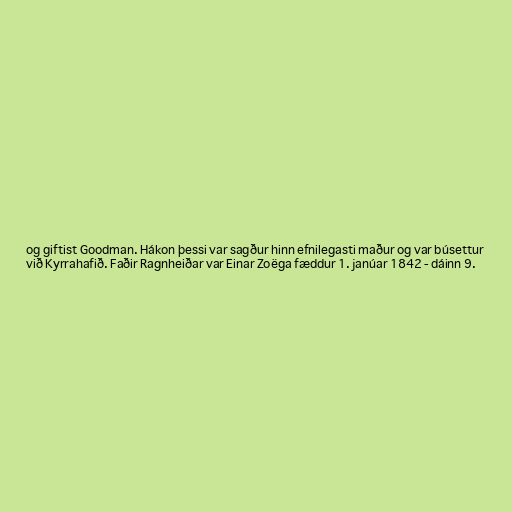
og giftist Goodman. Hákon þessi var sagður hinn efnilegasti maður og var búsettur
við Kyrrahafið. Faðir Ragnheiðar var Einar Zoëga fæddur 1. janúar 1842 - dáinn 9.